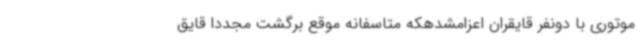
موتوری با دونفر قایقران اعزامشدهکه متاسفانه موقع برگشت مجددا قایق